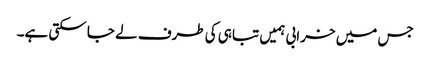
جس میں خرابی ہمیں تباہی کی طرف لے جا سکتی ہے۔